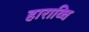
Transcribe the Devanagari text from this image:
हाराव्घि